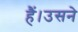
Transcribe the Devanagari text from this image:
हैं।उसने